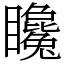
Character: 䂁